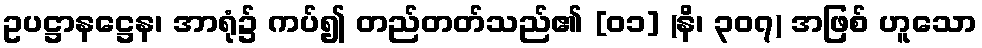
ဥပဋ္ဌာနဋ္ဌေန၊ အာရုံ၌ ကပ်၍ တည်တတ်သည်၏ [၀၁] (နိ၊ ၃၀၇) အဖြစ် ဟူသော